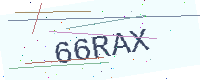
Text: 66RAX